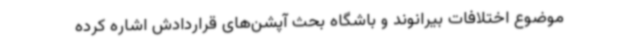
موضوع اختلافات بیرانوند و باشگاه بحث آپشن‌های قراردادش اشاره کرده